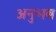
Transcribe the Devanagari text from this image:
अनुभब